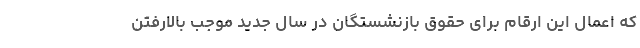
که اعمال این ارقام برای حقوق بازنشستگان در سال جدید موجب بالارفتن